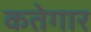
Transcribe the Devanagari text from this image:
कतेगार